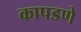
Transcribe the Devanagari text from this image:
कापडणे